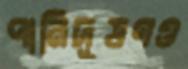
পানিদূষণও